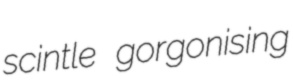
scintle gorgonising